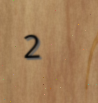
2